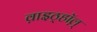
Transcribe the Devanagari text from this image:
व़ाइठ्हाॅल़्